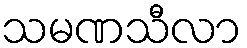
သမဏသီလာ